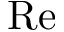
\mathrm { R e }